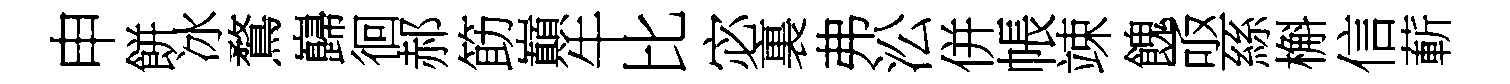
申餅冰鶩巋徊郝筯巔牛比宓裏弗㳂併帳竦餽亟絲槲信蔪